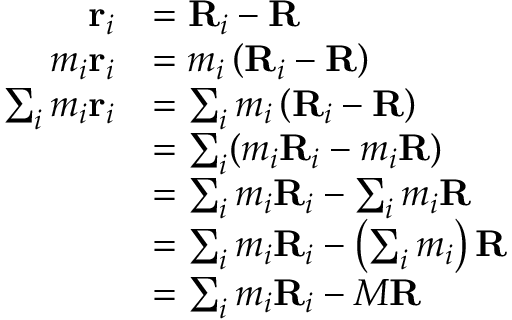
{ \begin{array} { r l } { \mathbf { r } _ { i } } & { = \mathbf { R } _ { i } - \mathbf { R } } \\ { m _ { i } \mathbf { r } _ { i } } & { = m _ { i } \left( \mathbf { R } _ { i } - \mathbf { R } \right) } \\ { \sum _ { i } m _ { i } \mathbf { r } _ { i } } & { = \sum _ { i } m _ { i } \left( \mathbf { R } _ { i } - \mathbf { R } \right) } \\ & { = \sum _ { i } ( m _ { i } \mathbf { R } _ { i } - m _ { i } \mathbf { R } ) } \\ & { = \sum _ { i } m _ { i } \mathbf { R } _ { i } - \sum _ { i } m _ { i } \mathbf { R } } \\ & { = \sum _ { i } m _ { i } \mathbf { R } _ { i } - \left( \sum _ { i } m _ { i } \right) \mathbf { R } } \\ & { = \sum _ { i } m _ { i } \mathbf { R } _ { i } - M \mathbf { R } } \end{array} }